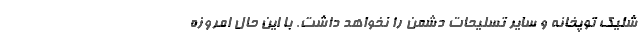
شلیک توپخانه و سایر تسلیحات دشمن را نخواهد داشت. با این حال امروزه